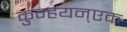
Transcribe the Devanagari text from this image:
कुन्हयन्एक